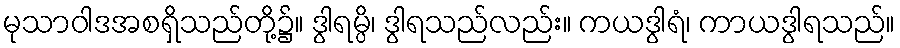
မုသာဝါဒအစရှိသည်တို့၌။ ဒွါရမ္ပိ၊ ဒွါရသည်လည်း။ ကယဒွါရံ၊ ကာယဒွါရသည်။